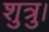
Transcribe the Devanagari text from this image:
शुत्रु।